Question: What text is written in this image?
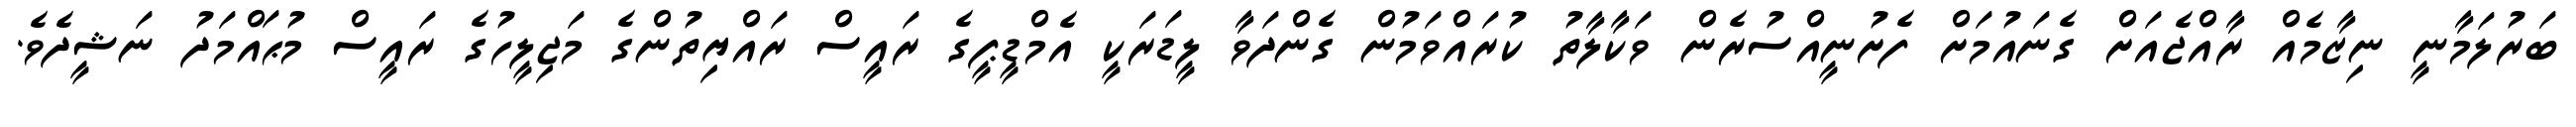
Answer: ބަރުލަމާނީ ނިޒާމެއް ރާއްޖެއަށް ގެނައުމަށް ފެށުނީއްސުރެން ވަކާލާތު ކުރައްވަމުން ގެންދަވާ ލީޑަރަކީ އެމްޑީޕީގެ ރައީސް ރައްޔިތުންގެ މަޖިލީހުގެ ރައީސް މުޙައްމަދު ނަޝީދެވެ.